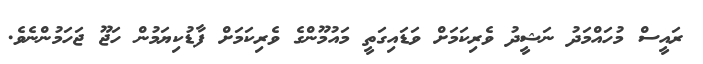
ރައީސް މުހައްމަދު ނަޝީދު ވެރިކަމަށް ވަޑައިގަތީ މައުމޫންގެ ވެރިކަމަށް ފާޑުކިޔަމުން ހަޖޫ ޖަހަމުންނެވެ.